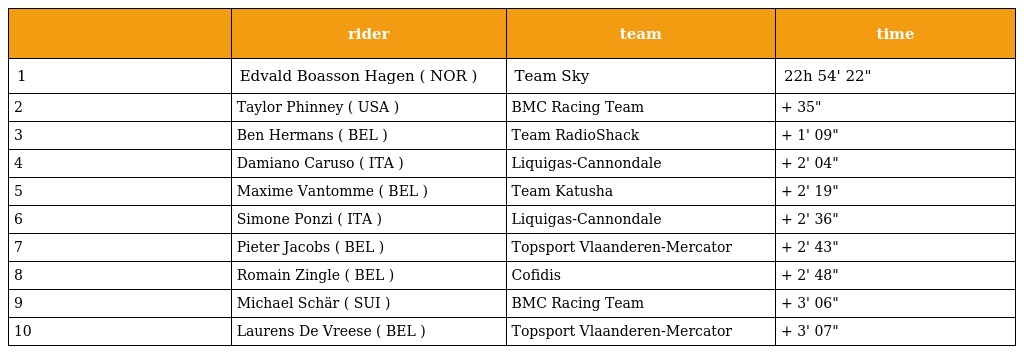
|  | rider | team | time |
 | --- | --- | --- | --- |
 | 1 | Edvald Boasson Hagen ( NOR ) | Team Sky | 22h 54' 22" |
 | 2 | Taylor Phinney ( USA ) | BMC Racing Team | + 35" |
 | 3 | Ben Hermans ( BEL ) | Team RadioShack | + 1' 09" |
 | 4 | Damiano Caruso ( ITA ) | Liquigas-Cannondale | + 2' 04" |
 | 5 | Maxime Vantomme ( BEL ) | Team Katusha | + 2' 19" |
 | 6 | Simone Ponzi ( ITA ) | Liquigas-Cannondale | + 2' 36" |
 | 7 | Pieter Jacobs ( BEL ) | Topsport Vlaanderen-Mercator | + 2' 43" |
 | 8 | Romain Zingle ( BEL ) | Cofidis | + 2' 48" |
 | 9 | Michael Schär ( SUI ) | BMC Racing Team | + 3' 06" |
 | 10 | Laurens De Vreese ( BEL ) | Topsport Vlaanderen-Mercator | + 3' 07" |